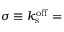
\sigma \equiv k _ { \mathrm { s } } ^ { \mathrm { o f f } } =